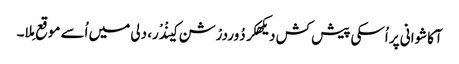
آکاشوانی پر اُسکی پیش کش دیکھکر دُوردرْشن کینْدْر، دلی میں اُسے موقع مِلا۔